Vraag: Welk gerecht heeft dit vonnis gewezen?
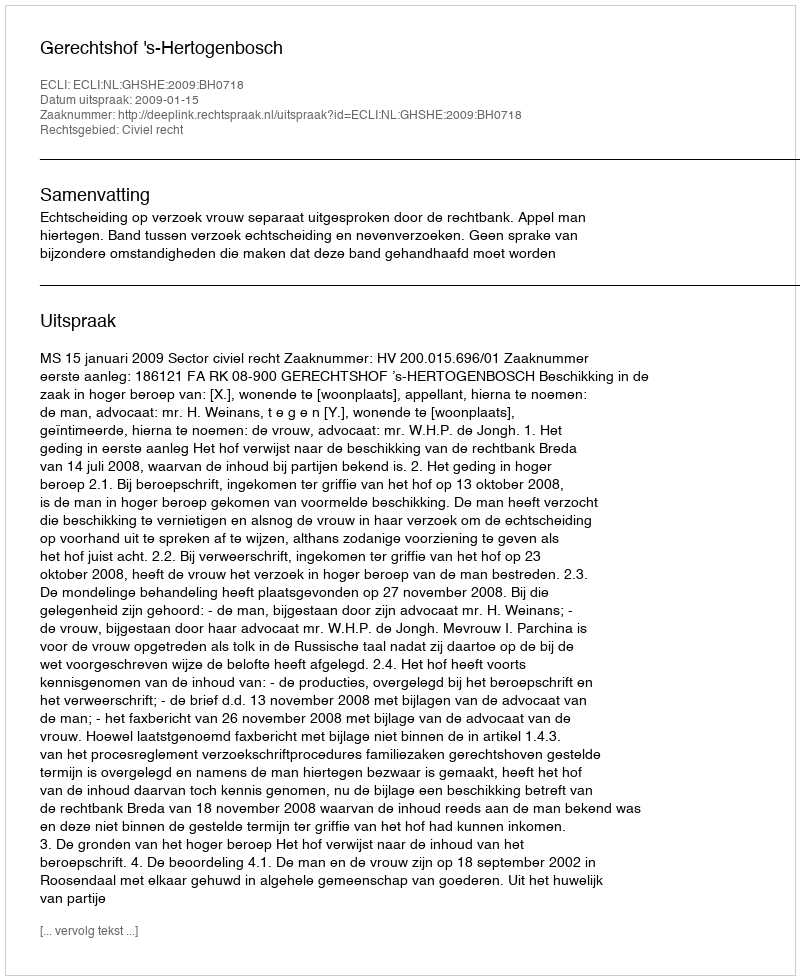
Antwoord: Gerechtshof 's-Hertogenbosch